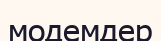
модемдер